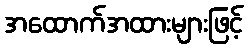
အထောက်အထားများဖြင့်